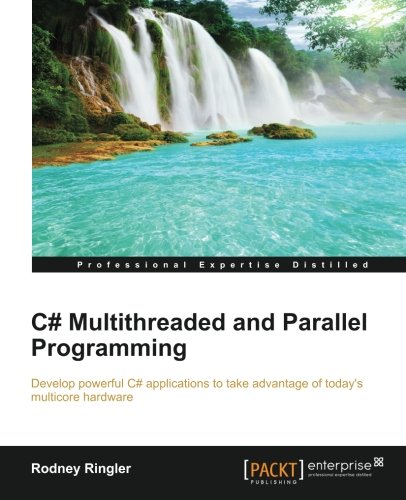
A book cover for C# Multithreaded and Parallel Programming; Rodney Ringler; Computers & Technology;